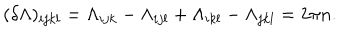
LaTeX: ( \delta \Lambda { } ) _ { i j k l } = \Lambda _ { i j k } - \Lambda _ { i j l } + \Lambda _ { i k l } - \Lambda _ { j k l } = 2 \pi { } n .